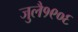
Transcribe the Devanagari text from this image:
जुलै१९०६